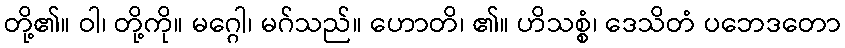
တို့၏။ ဝါ၊ တို့ကို။ မဂ္ဂေါ၊ မဂ်သည်။ ဟောတိ၊ ၏။ ဟိသစ္စံ၊ ဒေသိတံ ပဘေဒတော